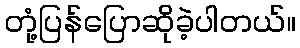
တုံ့ပြန်ပြောဆိုခဲ့ပါတယ်။